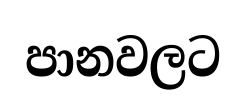
පානවලට